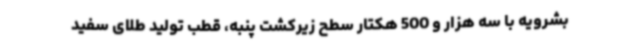
بشرویه با سه هزار و 500 هکتار سطح زیرکشت پنبه، قطب تولید طلای سفید